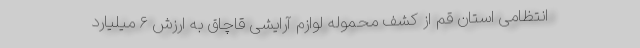
انتظامی استان قم از کشف محموله لوازم آرایشی قاچاق به ارزش ۶ میلیارد